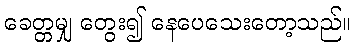
ခေတ္တမျှ တွေး၍ နေပေသေးတော့သည်။